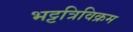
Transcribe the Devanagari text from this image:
भट्टत्रिविक्रम